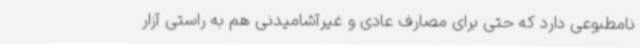
نامطبوعی دارد که حتی برای مصارف عادی و غیرآشامیدنی هم به راستی آزار